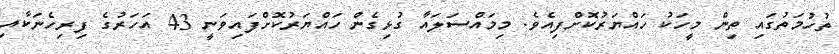
ތުހުމަތުގައި ތިިން މީހަކު ހައްޔަރުކޮށްފިއެވެ. މިމައްސަލައާ ގުޅިގެން ހައްޔަރުކޮށްފައިވަނީ 43 އަހަރުގެ ފިރިހެނަކާއި